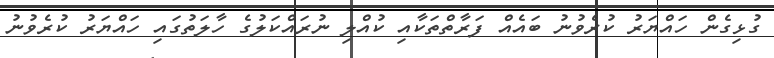
ގުޅިގެން ހައްޔަރު ކުރެވުނު ބައެއް ފަރާތްތަކާއި ކުއްލި ނުރައްކަލުގެ ހާލަތުގައި ހައްޔަރު ކުރެވުނު